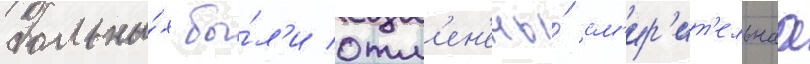
больны́х бы́л'и отм'ен'ены́ см'ир'ит'ельнаа